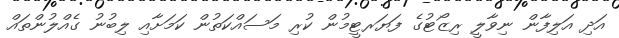
އަދި އަލިފާން ނިވާލީ ރިޒޯޓުގެ ފަޔަރޓީމުން ކުރި މަސައްކަތުން ކަމަށާއި ލިބުނު ގެއްލުންތައް